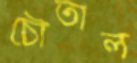
চৌতাল